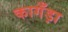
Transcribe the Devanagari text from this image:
कागँड़ा